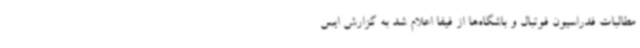
مطالبات فدراسیون فوتبال و باشگاه‌ها از فیفا اعلام شد به گزارش ایس